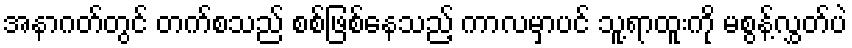
အနာဂတ်တွင် တက်စသည် စစ်ဖြစ်နေသည့် ကာလမှာပင် သူ့ရာထူးကို မစွန့်လွှတ်ပဲ